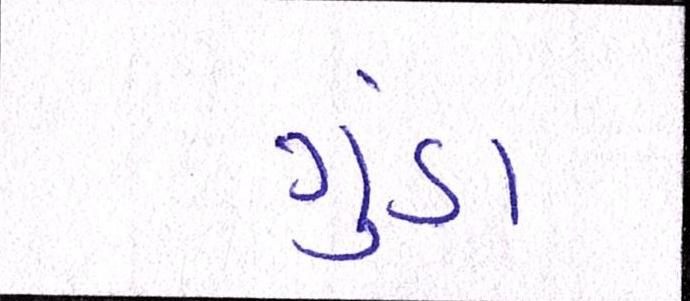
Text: ગુંડા